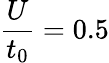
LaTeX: \frac{U}{t_{0}}=0.5